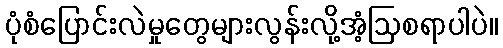
ပုံစံပြောင်းလဲမှုတွေများလွန်းလို့အံ့ဩစရာပါပဲ။